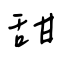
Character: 甜